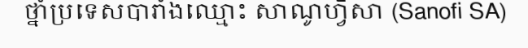
ថ្នាំប្រទេសបារាំងឈ្មោះ សាណូហ្វីសា (Sanofi SA)